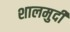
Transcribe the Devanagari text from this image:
शालमुदी